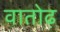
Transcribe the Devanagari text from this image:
वातोढ़